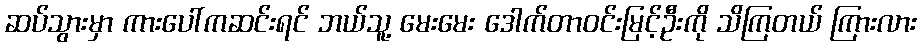
ဆပ်သွားမှာ ကားပေါ်ကဆင်းရင် ဘယ်သူ့ မေးမေး ဒေါက်တာဝင်းမြင့်ဦးကို သိကြတယ် ကြားလား